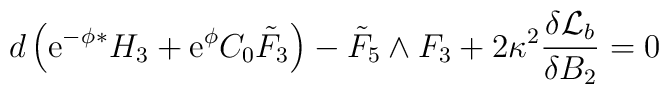
d \left( {\rm e}^{-\phi} {}^* H_3 + {\rm e}^{\phi} C_0  {\tilde{F}}_3\right) - {\tilde{F}}_5 \wedge F_3 + 2 \kappa^2  \frac{\delta {\cal{L}}_b}{\delta B_2}=0